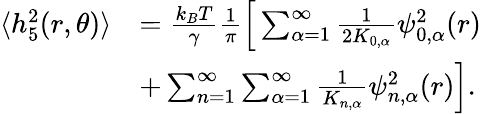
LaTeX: \begin{array}{rl}{\langle h_{5}^{2}(r,\theta)\rangle}&{=\frac{k_{B}T}{\gamma}\frac{1}{\pi}\Big[\sum_{\alpha=1}^{\infty}\frac{1}{2K_{0,\alpha}}\psi_{0,\alpha}^{2}(r)}\\ &{+\sum_{n=1}^{\infty}\sum_{\alpha=1}^{\infty}\frac{1}{K_{n,\alpha}}\psi_{n,\alpha}^{2}(r)\Big].}\end{array}